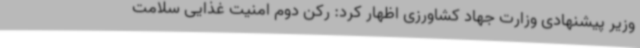
وزیر پیشنهادی وزارت جهاد کشاورزی اظهار کرد: رکن دوم امنیت غذایی سلامت